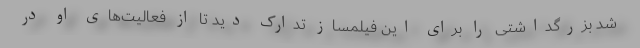
شد بزرگداشتی را برای این فیلمساز تدارک دید تا از فعالیت‌های او در